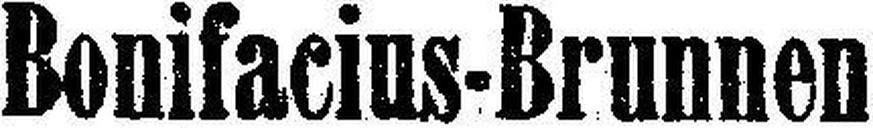
Bonifacius-Brunnen